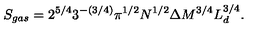
S _ { g a s } = 2 ^ { 5 / 4 } 3 ^ { - ( 3 / 4 ) } \pi ^ { 1 / 2 } N ^ { 1 / 2 } \Delta M ^ { 3 / 4 } L _ { d } ^ { 3 / 4 } .